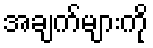
အချက်များကို